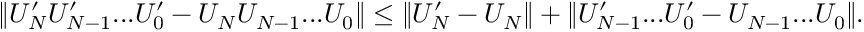
\begin{array} { r } { \lVert U _ { N } ^ { \prime } U _ { N - 1 } ^ { \prime } . . . U _ { 0 } ^ { \prime } - U _ { N } U _ { N - 1 } . . . U _ { 0 } \rVert \leq \lVert U _ { N } ^ { \prime } - U _ { N } \rVert + \lVert U _ { N - 1 } ^ { \prime } . . . U _ { 0 } ^ { \prime } - U _ { N - 1 } . . . U _ { 0 } \rVert . } \end{array}